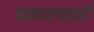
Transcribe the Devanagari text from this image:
समपरासारी